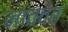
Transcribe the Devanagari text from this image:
नाववंत